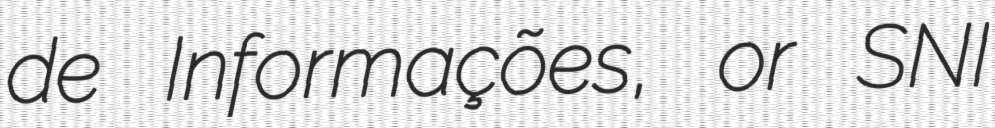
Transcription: de Informações, or SNI